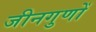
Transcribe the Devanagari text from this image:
जीनगुणों